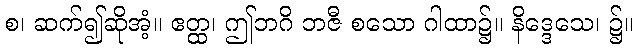
စ၊ ဆက်၍ဆိုအံ့။ ဧတ္ထ၊ ဤဘဂိ ဘဇီ စသော ဂါထာ၌။ နိဒ္ဒေသေ၊ ၌။